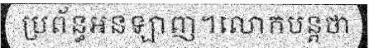
ប្រព័ន្ធអនឡាញ។លោកបន្តថា